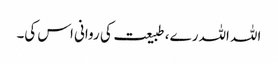
اللہ اللہ رے، طبیعت کی روانی اس کی۔